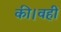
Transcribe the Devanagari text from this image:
की।वहीं